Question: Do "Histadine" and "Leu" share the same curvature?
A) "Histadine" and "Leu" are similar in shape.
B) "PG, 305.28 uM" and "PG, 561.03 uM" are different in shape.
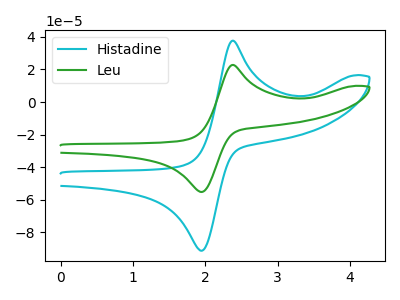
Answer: <think>The cyan curve "Histadine" has an anodic peak at (2.40V, 37.65uA) and a cathodic peak at (1.95V, -91.10uA). The green curve "Leu" has an anodic peak at (2.40V, 22.75uA) and a cathodic peak at (1.95V, -55.10uA).
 All the peaks in "Histadine" have a peak in "Leu" at the same potential. Every peak in "Histadine" is higher than every peak in "Leu".</think>
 <answer>A) "Histadine" and "Leu" are similar in shape.</answer>
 <eval>A</eval>